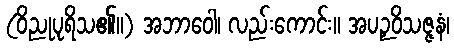
(ဝိညုပုရိသ၏။) အဘာဝေါ၊ လည်းကောင်း။ အပဉှဝိသဇ္ဇနံ၊